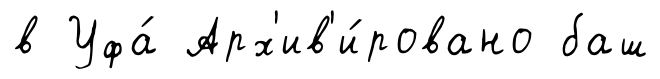
в Уфа́ Арх'ив'и́ровано баш